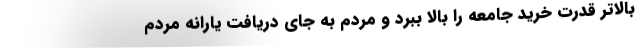
بالاتر قدرت خرید جامعه را بالا ببرد و مردم به جای دریافت یارانه مردم